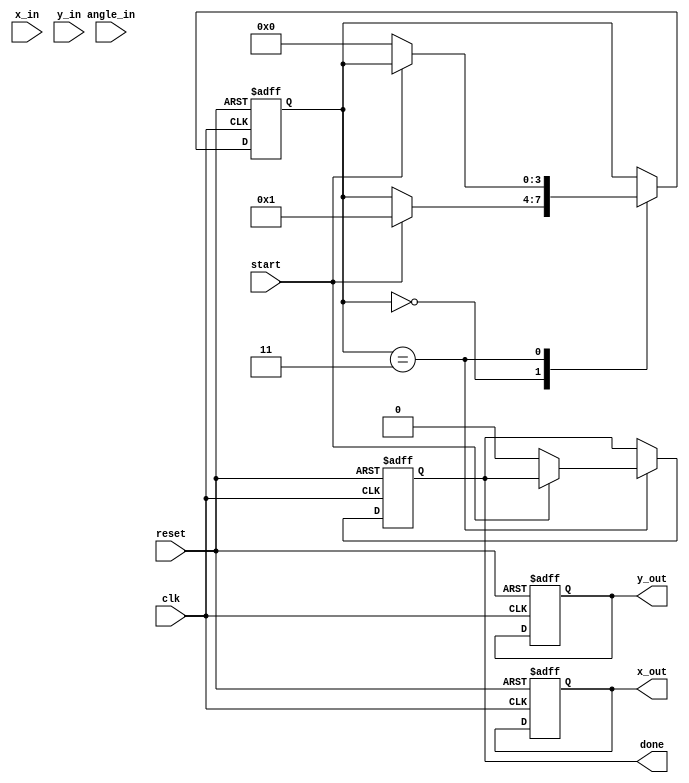
module pipeline_cordic #(
    parameter STAGES = 16,         // Number of CORDIC stages
    parameter FIXED_POINT_WIDTH = 16, // Width of fixed-point representation
    parameter ANGLE_WIDTH = 16     // Width for angle representation
)(
    input wire clk,
    input wire reset,
    input wire start,
    input wire signed [FIXED_POINT_WIDTH-1:0] x_in,
    input wire signed [FIXED_POINT_WIDTH-1:0] y_in,
    input wire signed [ANGLE_WIDTH-1:0] angle_in,
    output reg signed [FIXED_POINT_WIDTH-1:0] x_out,
    output reg signed [FIXED_POINT_WIDTH-1:0] y_out,
    output reg done
);

    // CORDIC angle lookup table (arctan(2^-i) for i = 0 to STAGES-1)
    reg signed [ANGLE_WIDTH-1:0] angle_table [0:STAGES-1];
    initial begin
        angle_table[0] = 16'h0000; // atan(1) = 0
        angle_table[1] = 16'h3C90; // atan(1/2) = 45 degrees
        angle_table[2] = 16'h3A30; // atan(1/4) = 26.565 degrees
        // Fill in the rest of the angles...
        // angle_table[3] = ...
        // ...
    end

    // Pipeline registers
    reg signed [FIXED_POINT_WIDTH-1:0] x_reg [0:STAGES-1];
    reg signed [FIXED_POINT_WIDTH-1:0] y_reg [0:STAGES-1];
    reg signed [ANGLE_WIDTH-1:0] angle_reg [0:STAGES-1];
    reg [STAGES-1:0] d_reg; // Direction register

    // Control FSM
    reg [3:0] state;
    localparam IDLE = 4'b0000,
               INIT = 4'b0001,
               EXECUTE = 4'b0010,
               DONE = 4'b0011;

    integer i;

    always @(posedge clk or posedge reset) begin
        if (reset) begin
            state <= IDLE;
            done <= 0;
            x_out <= 0;
            y_out <= 0;
            for (i = 0; i < STAGES; i = i + 1) begin
                x_reg[i] <= 0;
                y_reg[i] <= 0;
                angle_reg[i] <= 0;
            end
        end else begin
            case (state)
                IDLE: begin
                    if (start) begin
                        x_reg[0] <= x_in;
                        y_reg[0] <= y_in;
                        angle_reg[0] <= angle_in;
                        d_reg <= angle_in[ANGLE_WIDTH-1] ? -1 : 1; // Determine direction
                        state <= INIT;
                    end
                end
                INIT: begin
                    for (i = 0; i < STAGES; i = i + 1) begin
                        if (i < STAGES - 1) begin
                            x_reg[i + 1] <= x_reg[i] - (d_reg[i] ? (y_reg[i] >>> i) : 0);
                            y_reg[i + 1] <= y_reg[i] + (d_reg[i] ? (x_reg[i] >>> i) : 0);
                            angle_reg[i + 1] <= angle_reg[i] - (d_reg[i] ? angle_table[i] : -angle_table[i]);
                        end
                    end
                    if (i == STAGES - 1) begin
                        x_out <= x_reg[STAGES - 1];
                        y_out <= y_reg[STAGES - 1];
                        done <= 1;
                        state <= DONE;
                    end
                end
                DONE: begin
                    if (!start) begin
                        done <= 0;
                        state <= IDLE;
                    end
                end
            endcase
        end
    end

endmodule